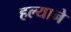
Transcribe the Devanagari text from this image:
हल्याने